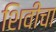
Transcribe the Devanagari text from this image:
शिवीचा